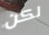
لكن